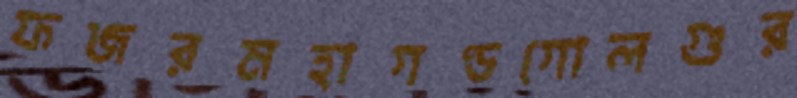
ফজরমহাগণ্ডগোলগুর